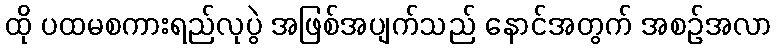
ထို ပထမစကားရည်လုပွဲ အဖြစ်အပျက်သည် နောင်အတွက် အစဉ်အလာ